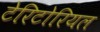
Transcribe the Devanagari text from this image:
टेरिटोरियल